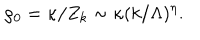
\rho _ { 0 } = \kappa / Z _ { k } \sim \kappa ( k / \Lambda ) ^ { \eta } .